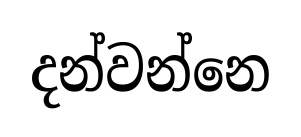
දන්වන්නෙ